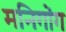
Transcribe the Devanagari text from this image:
मनिगोंग